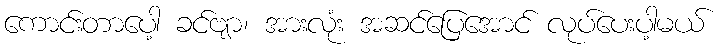
ကောင်းတာပေါ့ ခင်ဗျာ၊ အားလုံး အဆင်ပြေအောင် လုပ်ပေးပါ့မယ်